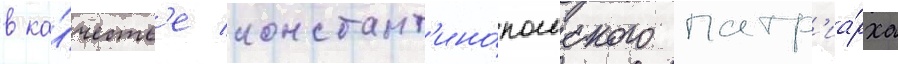
в ка́честв'е констант'ино́польского патр'иа́рха